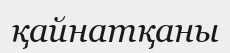
қайнатқаны